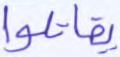
يقاتلوا